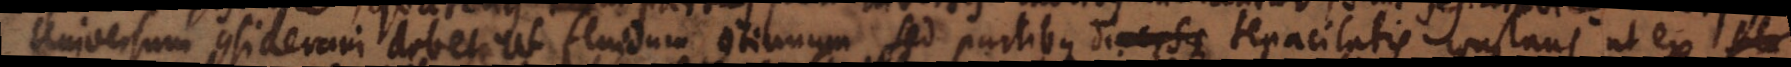
Universum considerari debet ut fluidum continuum sed partibus diversae tenacitatis constans, ut ex